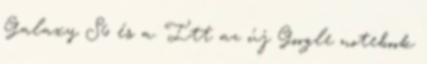
Galaxy S6 és a. Itt az új Google notebook